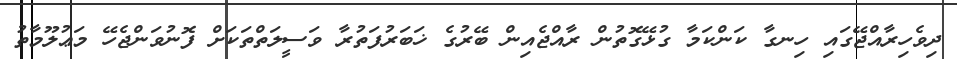
ދިވެހިރާއްޖޭގައި ހިނގާ ކަންކަމާ ގުޅޭގޮތުން ރާއްޖެއިން ބޭރުގެ ޚަބަރުފަތުރާ ވަސީލަތްތަކަށް ފޮނުވަންޖެހޭ މަޢުލޫމާތު